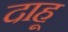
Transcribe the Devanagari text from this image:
दाहू